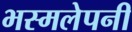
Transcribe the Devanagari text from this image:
भस्मलेपनी